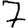
Digit: 7